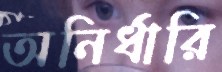
অনির্ধারি